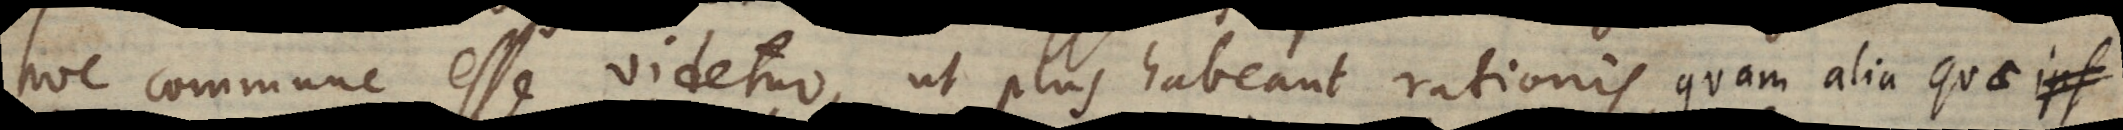
hoc commune esse videtur, ut plus habeant rationis, quam alia quae ips